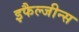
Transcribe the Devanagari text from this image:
इफैल्जीन्स